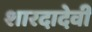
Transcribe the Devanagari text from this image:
शारदादेवी